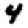
Digit: 4